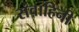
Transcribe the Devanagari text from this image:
संवाहिनी